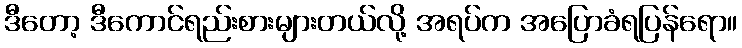
ဒီတော့ ဒီကောင်ရည်းစားများတယ်လို့ အရပ်က အပြောခံရပြန်ရော။